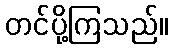
တင်ပို့ကြသည်။